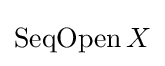
\operatorname {SeqOpen} X